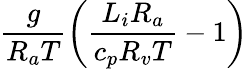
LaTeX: \frac{g}{R_{a}T}\left(\frac{L_{i}R_{a}}{c_{p}R_{v}T}-1\right)